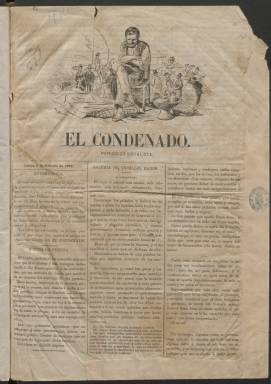
Título: El Condenado (Madrid)
Colección: Periódicos
Ámbito geográfico: Madrid
Lugar de publicación: Madrid
Fechas: 08/02/1872-02/01/1873